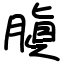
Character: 䐜